Insane asylums in Bengal annual reports 1876-1887 - 1876-1887
Year: 1876
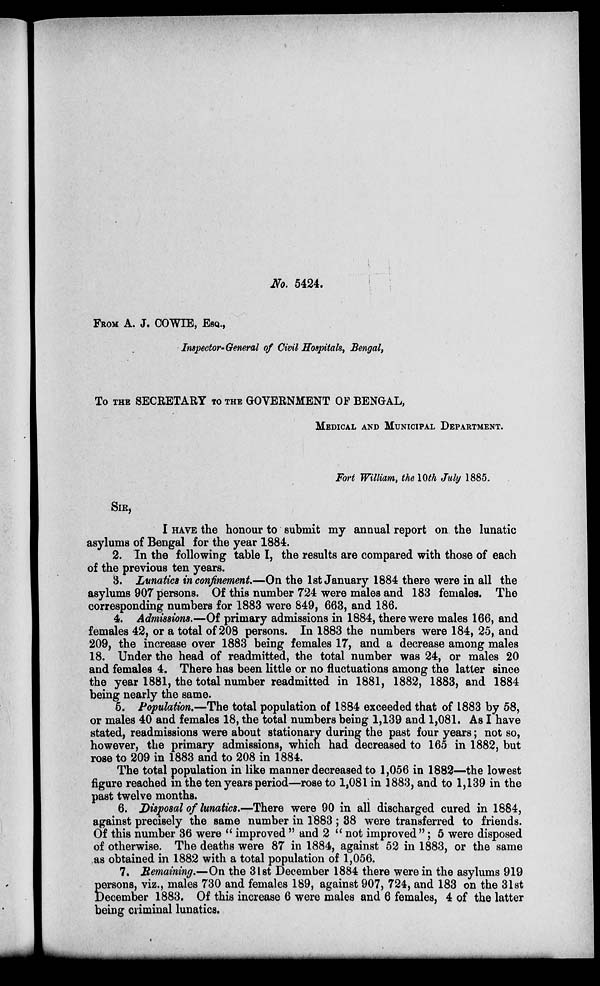
No. 5424.
FROM A. J. COWIE, ESQ.,
Inspector-General of Civil Hospitals, Bengal,
TO THE SECRETARY TO THE GOVERNMENT OF BENGAL,
MEDICAL AND MUNICIPAL DEPARTMENT.
Fort William, the 10th July 1885.
SIR,
I HAVE the honour to submit my annual report on the lunatic
asylums of Bengal for the year 1884.
2. In the following table I, the results are compared with those of each
of the previous ten years.
3. Lunatics in confinement—On the 1st January 1884 there were in all the
asylums 907 persons. Of this number 724 were males and 183 females. The
corresponding numbers for 1883 were 849, 663, and 186.
4. Admissions.—Of primary admissions in 1884, there were males 166, and
females 42, or a total of 208 persons. In 1883 the numbers were 184, 25, and
209, the increase over 1883 being females 17, and a decrease among males
18. Under the head of readmitted, the total number was 24, or males 20
and females 4. There has been little or no fluctuations among the latter since
the year 1881, the total number readmitted in 1881, 1882, 1883, and 1884
being nearly the same.
5. Population.—The total population of 1884 exceeded that of 1883 by 58,
or males 40 and females 18, the total numbers being 1,139 and 1,081. As I have
stated, readmissions were about stationary during the past four years; not so,
however, the primary admissions, which had decreased to 165 in 1882, but
rose to 209 in 1883 and to 208 in 1884.
The total population in like manner decreased to 1,056 in 1882—the lowest
figure reached in the ten years period—rose to 1,081 in 1883, and to 1,139 in the
past twelve months.
6. Disposal of lunatics.—There were 90 in all discharged cured in 1884,
against precisely the same number in 1883 ; 38 were transferred to friends.
Of this number 36 were " improved " and 2 " not improved"; 5 were disposed
of otherwise. The deaths were 87 in 1884, against 52 in 1883, or the same
as obtained in 1882 with a total population of 1,056.
7. Remaining.—On the 31st December 1884 there were in the asylums 919
persons, viz., males 730 and females 189, against 907, 724, and 183 on the 31st
December 1883. Of this increase 6 were males and 6 females, 4 of the latter
being criminal lunatics.